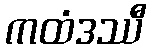
ကထံဒဿီ